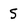
Character: S